Leaving Certificate Examination, 1910
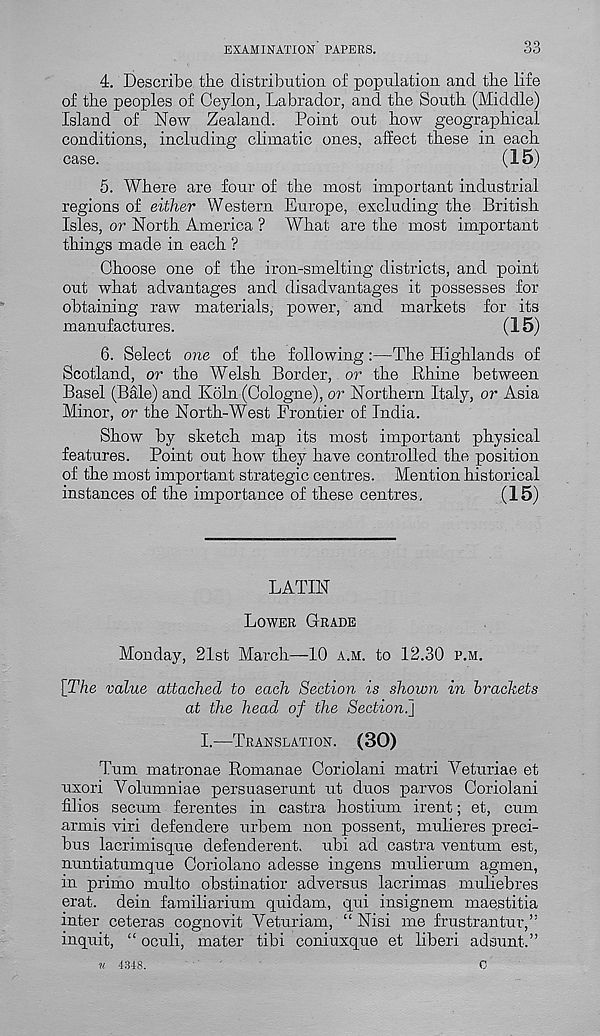
EXAMINATION PAPERS.
4. Describe the distribution of population and the life
of the peoples of Ceylon, Labrador, and the South (Middle)
Island of New Zealand. Point out how geographical
conditions, including climatic ones, affect these in each
case.
(15)
5. Where are four of the most important industrial
regions of either Western Europe, excluding the British
Isles, or North America ? What are the most important
things made in each ?
Choose one of the iron-smelting districts, and point
out what advantages and disadvantages it possesses for
obtaining raw materials, power, and markets for its
manufactures.
(15)
6. Select one of the following:—The Highlands of
Scotland, or the Welsh Border, or the Rhine between
Basel (Bale) and Koln (Cologne), or Northern Italy, or Asia
Minor, or the North-West Frontier of India.
Show by sketch map its most important physical
features. Point out how they have controlled the position
of the most important strategic centres. Mention historical
instances of the importance of these centres.
(15)
LATIN
Lower Grade
Monday, 21st March—10 a.m. to 12.30 p.m.
{The value attached to each Section is shown in brackets
at the head of the Section.}
I.—Translation. (30)
Turn matronae Romanae Coriolani matri Veturiae et
uxori Yolumniae persuaserunt ut duos parvos Coriolani
filios secum ferentes in castra hostium irent; et, cum
armis viri defendere urbem non possent, mulieres preci-
bus lacrimisque defenderent. ubi ad castra ventum est,
nuntiatumque Coriolano adesse ingens mulierum agmen,
in primo multo obstinatior adversus lacrimas muliebres
erat. dein familiarium quidam, qui insignem maestitia
inter ceteras cognovit Veturiam, “ Nisi me frustrantur,”
inquit, “ oculi, mater tibi coniuxque et liberi adsunt.”
u 4348.
0